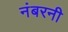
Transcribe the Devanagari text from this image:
नंबरनी